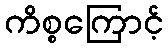
ကိစ္စကြောင့်